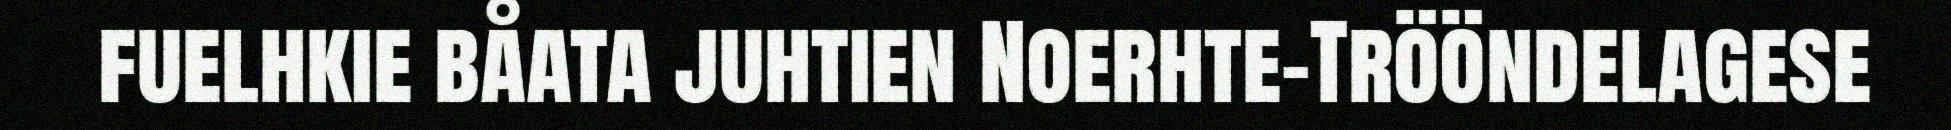
fuelhkie båata juhtien Noerhte-Trööndelagese